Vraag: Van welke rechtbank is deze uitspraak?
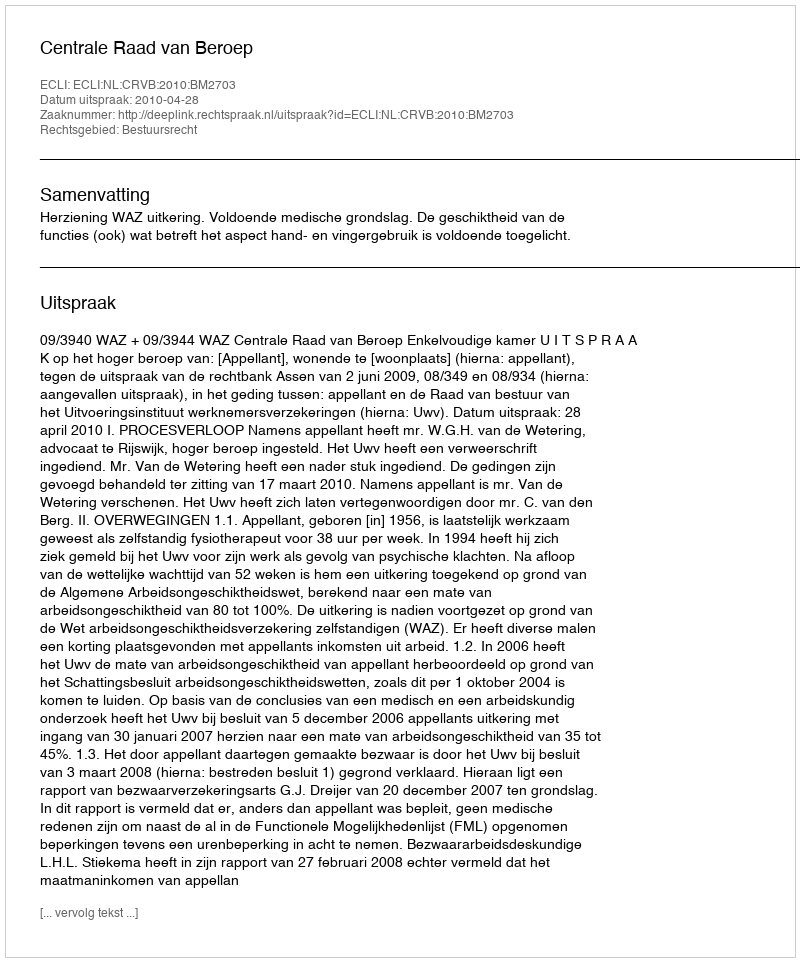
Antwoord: Centrale Raad van Beroep